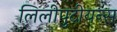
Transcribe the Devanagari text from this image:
लिलीपुटीयन्स